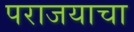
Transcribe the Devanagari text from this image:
पराजयाचा